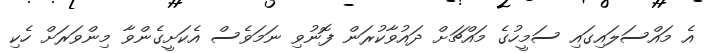
އެ މައްސަލައިގައި ސަމީހުގެ މައްޗަށް ދައުވާކުރަން ފޮނުވި ނަމަވެސް އެކަށީގެންވާ މިންވަރަށް ހެކި